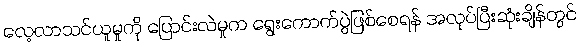
လေ့လာသင်ယူမှုကို ပြောင်းလဲမှုက ရွေးကောက်ပွဲဖြစ်စေရန် အလုပ်ပြီးဆုံးချိန်တွင်